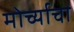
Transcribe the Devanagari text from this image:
मोर्च्याचा